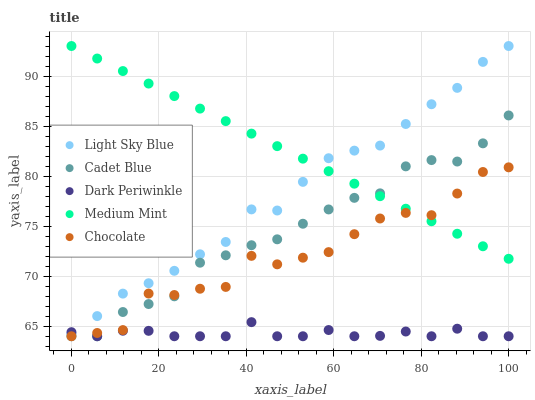
| xaxis_label | Light Sky Blue | Cadet Blue | Dark Periwinkle | Medium Mint | Chocolate |
 | --- | --- | --- | --- | --- | --- |
 | 0 | 64.2 | 64 | 64.4 | 93 | 64 |
 | 5.88 | 66 | 64 | 64 | 91.7 | 64.3 |
 | 11.8 | 68.3 | 66.4 | 64.6 | 90.5 | 64.6 |
 | 17.6 | 69.3 | 67.2 | 64.5 | 89.2 | 68.3 |
 | 23.5 | 70.5 | 68 | 64 | 88 | 68.1 |
 | 29.4 | 72.2 | 71.3 | 64 | 86.7 | 68.7 |
 | 35.3 | 73.4 | 72.1 | 64 | 85.5 | 68.9 |
 | 41.2 | 76.7 | 73.1 | 65.4 | 84.2 | 72 |
 | 47.1 | 76.6 | 73.7 | 64 | 83 | 71.2 |
 | 52.9 | 79.4 | 75.2 | 64 | 81.7 | 71.8 |
 | 58.8 | 81.8 | 76.7 | 64.6 | 80.5 | 72.4 |
 | 64.7 | 82.5 | 77.8 | 64 | 79.2 | 74.2 |
 | 70.6 | 83.1 | 78.3 | 64 | 78 | 75.8 |
 | 76.5 | 85.2 | 81 | 64.5 | 76.7 | 76.3 |
 | 82.4 | 87.2 | 81.6 | 64 | 75.5 | 76.1 |
 | 88.2 | 88.8 | 81.5 | 64.8 | 74.2 | 78.3 |
 | 94.1 | 91.4 | 83.3 | 64 | 73 | 80.4 |
 | 100 | 93 | 86.1 | 64 | 71.7 | 80.9 |